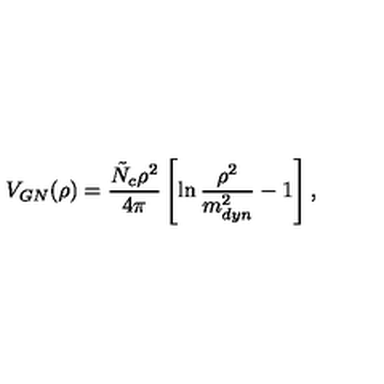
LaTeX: V _ { G N } ( \rho ) = \frac { \tilde { N } _ { c } \rho ^ { 2 } } { 4 \pi } \left[ \ln \frac { \rho ^ { 2 } } { m _ { d y n } ^ { 2 } } - 1 \right] ,